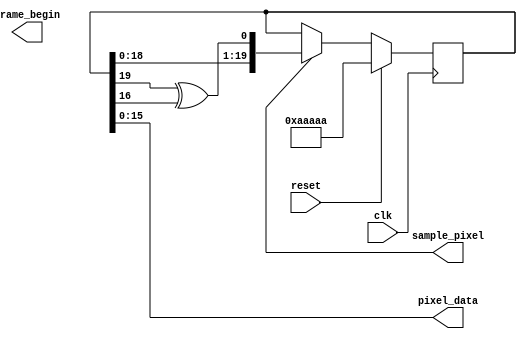
module prbs_source(clk, reset, frame_begin, sample_pixel, pixel_data);
input clk, reset;
output frame_begin, sample_pixel;
output [15:0] pixel_data = r;

reg [19:0] r;

always @(negedge clk) begin
  if (reset)
    r <= 20'hAAAAA;
  else if (sample_pixel)
    r <= {r[18:0], r[19] ^ r[16]};
end

endmodule